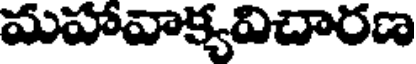
మహావాక్యవిచారణ